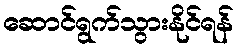
ဆောင်ရွက်သွားနိုင်ရန်